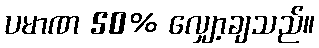
ပမာဏ 50% လျှော့ချသည်။